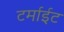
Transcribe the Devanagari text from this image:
टर्माईट